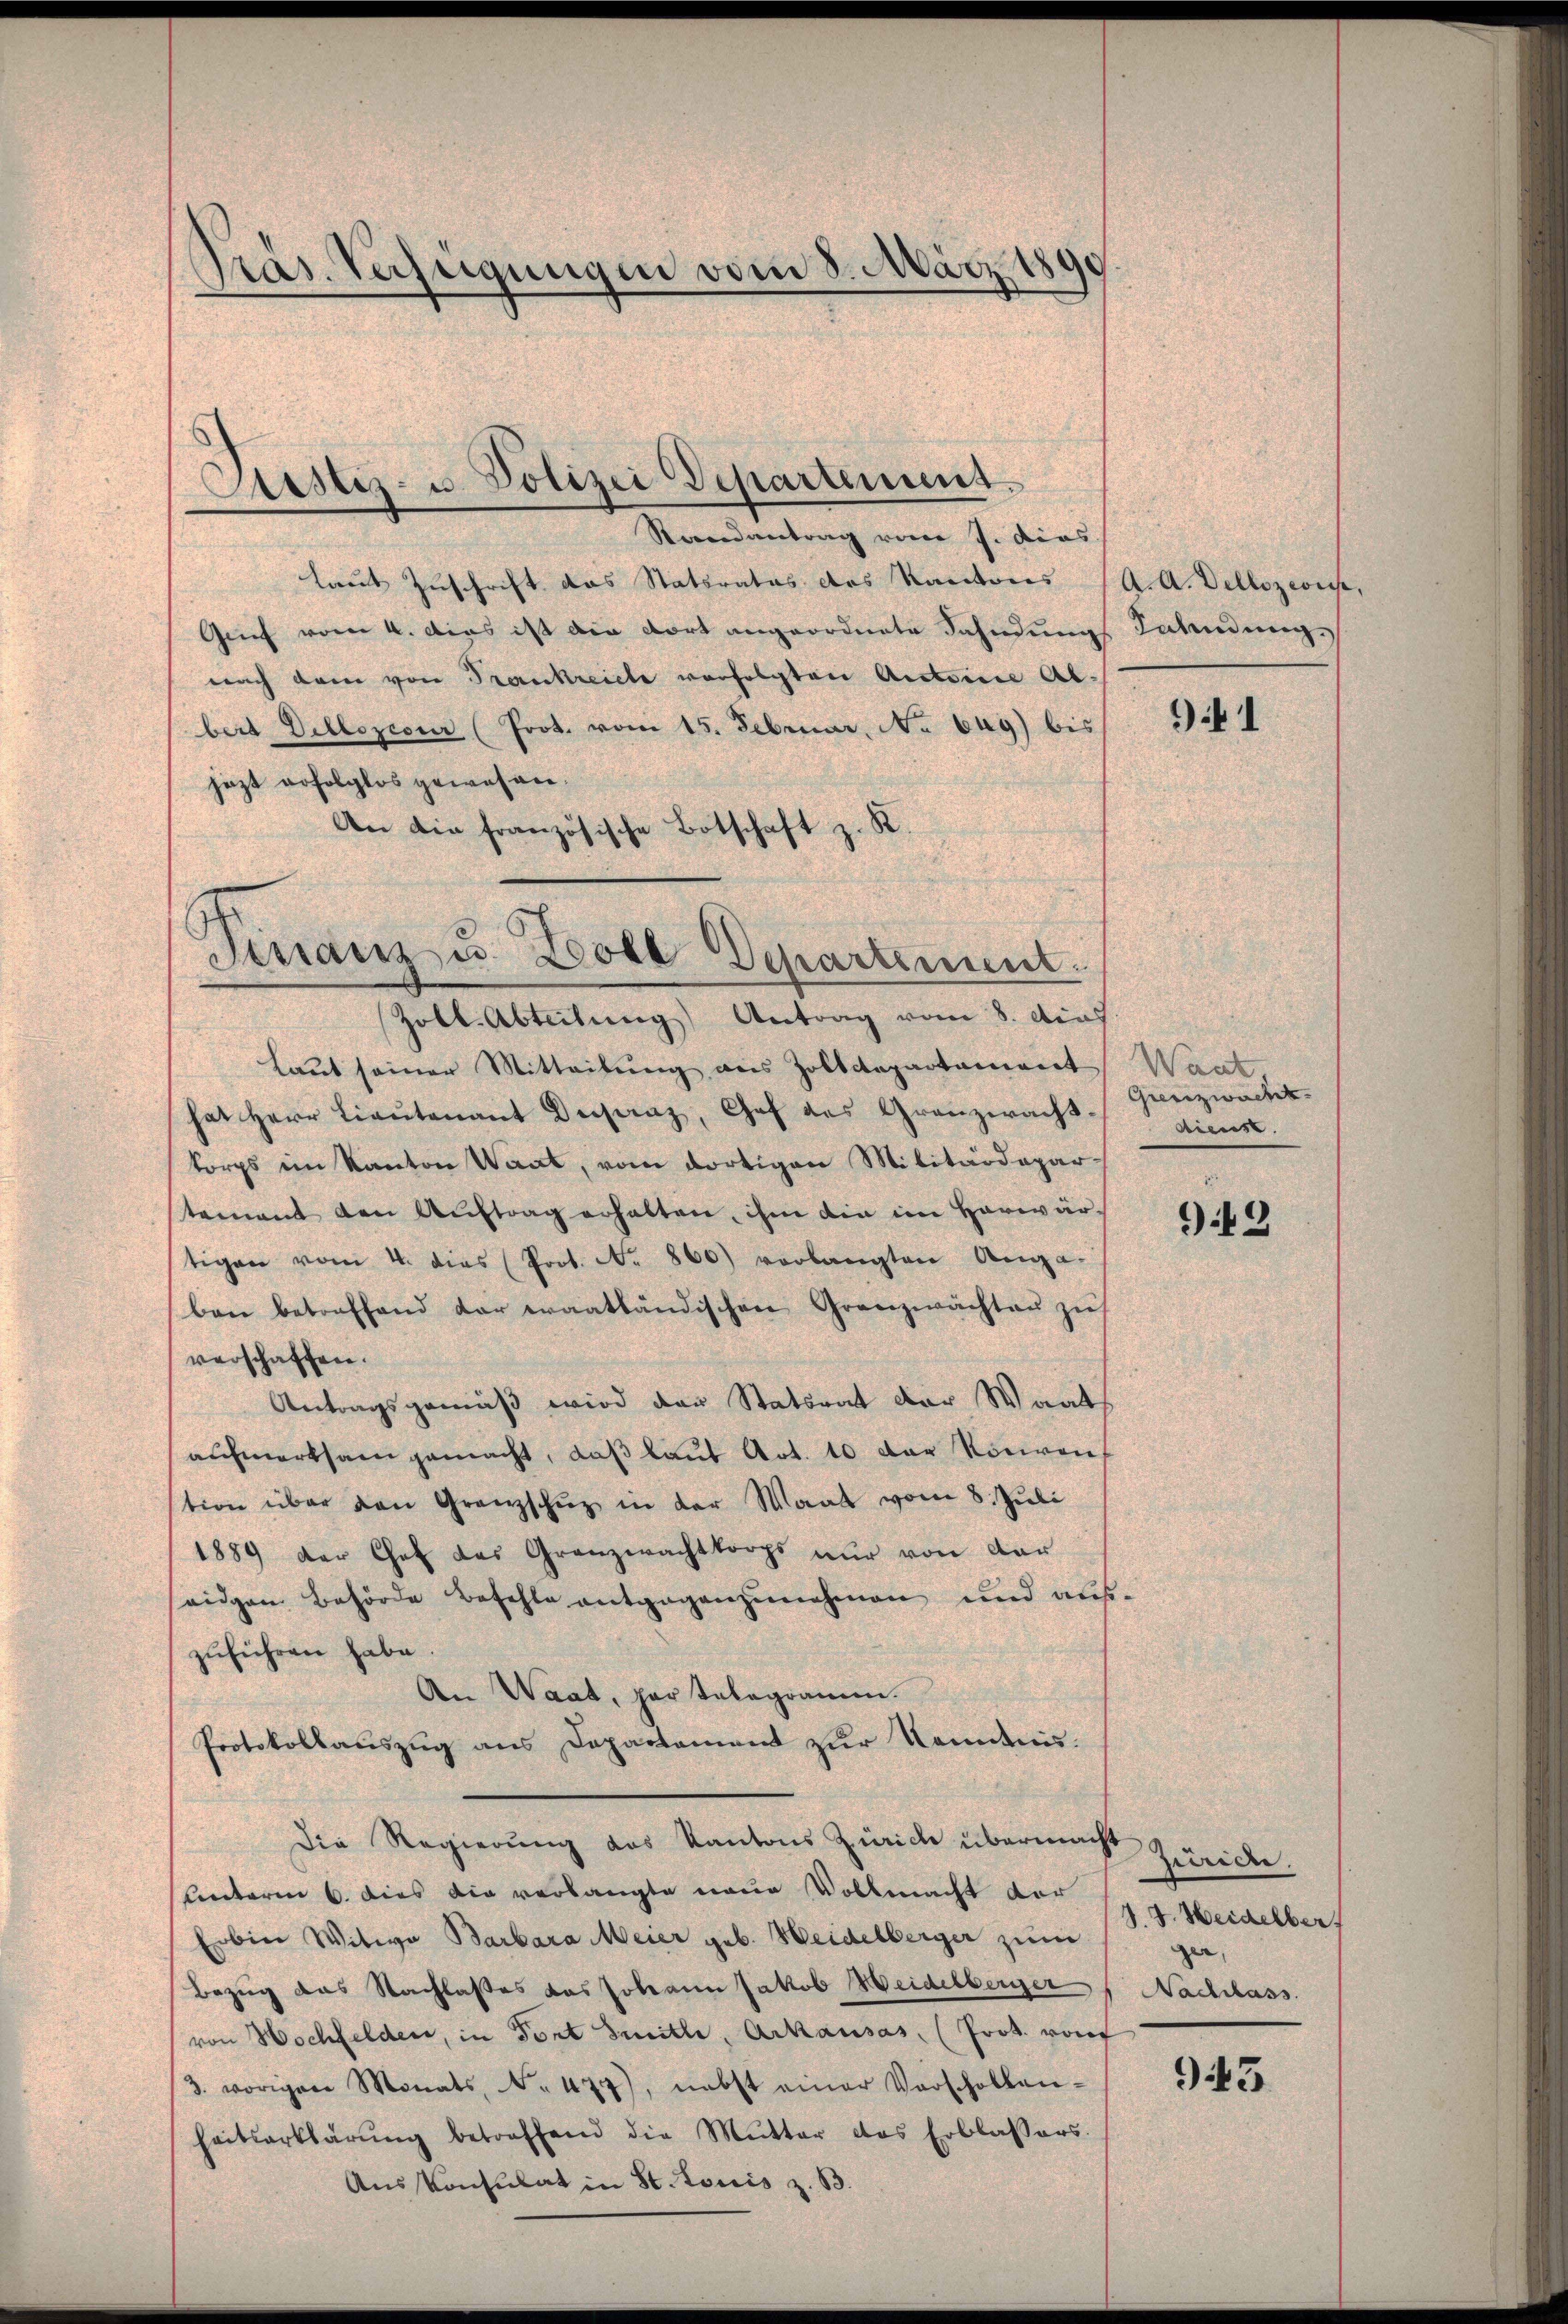
Präs. Verfügungen vom 8. März 1891

Rondantrag von J. dies
laut Zuschrift das Staturatus des Kantons (A. A. Dellozeisse,
Grief vom 4. Das ist die dort angeordnete Fahndungs Jahndung.
nach dem von Proreckreiche verfolgten Antoine Abbert Dillozcour (Prot. vom 15. Februar, No 649) bis
jezt erfolglos gewohnen.
An die französische Botschaft z. R.
Zoll. Abteilung Antrag vom 8. die
Laut seiner Mitteilung aus Zolldepartament Want
hat Herr Lieŭtenant Dejanz, Chef des Granzwacht.
korps im Kanton Wart, vom dortigen Militärdepartement den Auftrag erhalten, ihm die im Harwär
tigen vom 4. dies Prot. No. 860) verlangten Anga-
ben betreffend dar waatländischen Granzwachtaŭ zŭ
verschaffen.
Antragsgemäß wird der Statsrat der Waats
aufmerksam gemacht, daß laut Art. 10 der Konven
tion über den Granzschuz in der Waat vom 8. Juli
1889 der Chef des Granzwachtkorps nŭr von der
seiden Behörde befehle entgegenzunehmen und auszŭführen habe.
An Waat, par telegramm.
Protokollauszug aus Departement zur Kenntnis.
Die Regierung des Kantons Zürich übermacht
unterm 6. dies die verlangte neue Vollmacht der
Erbier Witwe Barbara Meier geb. Heidelberger zum
Bezug das Nachlasses das Johann Jakob Weidelberger Nachlass
von Hochfeldere, in Fort Smitle, Arkausas, (Prot. rauf
3. vorigen Monats, N. 477), nebst einer Vorschollen-
heitserklärŭng betreffend die Mutter das Erblassers.

Ciustiz- u. Polizei Departement.

Finanz- u. Zoll Departement.

1

Grenzwachet.
dienst.

99

Zürich,
J. J. Heidelber

943